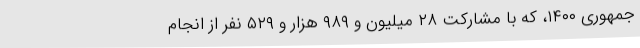
جمهوری ۱۴۰۰، که با مشارکت ۲۸ میلیون و ۹۸۹ هزار و ۵۲۹ نفر از انجام